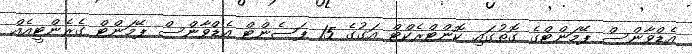
އެޑްވާންސް ޕޭމަންޓްގެ ގޮތުގައި ކޮންޓްރެކްޓް އަގުގެ 15 ޕަސެންޓް އެޑްވާންސް ޕޭމަންޓް ގެރެންޓީއެއް